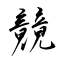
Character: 竸